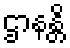
ဌာနန္တိ